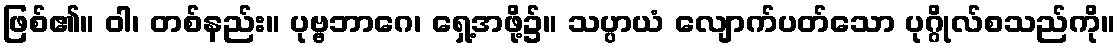
ဖြစ်၏။ ဝါ၊ တစ်နည်း။ ပုဗ္ဗဘာဂေ၊ ရှေ့အဖို့၌။ သပ္ပာယံ လျောက်ပတ်သော ပုဂ္ဂိုလ်စသည်ကို။